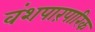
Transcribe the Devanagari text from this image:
वंशपारंपारिक